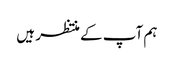
ہم آپ کے منتظر ہیں